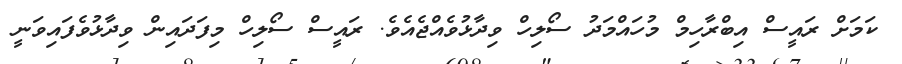
ކަމަށް ރައީސް އިބްރާހިމް މުހައްމަދު ސޯލިހް ވިދާޅުވެއްޖެއެވެ. ރައީސް ސޯލިހް މިފަދައިން ވިދާޅުވެފައިވަނީ